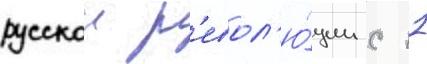
русскои р'евол'ю́ции с 11